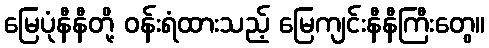
မြေပုံနီနီတို့ ဝန်းရံထားသည့် မြေကျင်းနီနီကြီးတွေ။